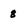
Character: 8